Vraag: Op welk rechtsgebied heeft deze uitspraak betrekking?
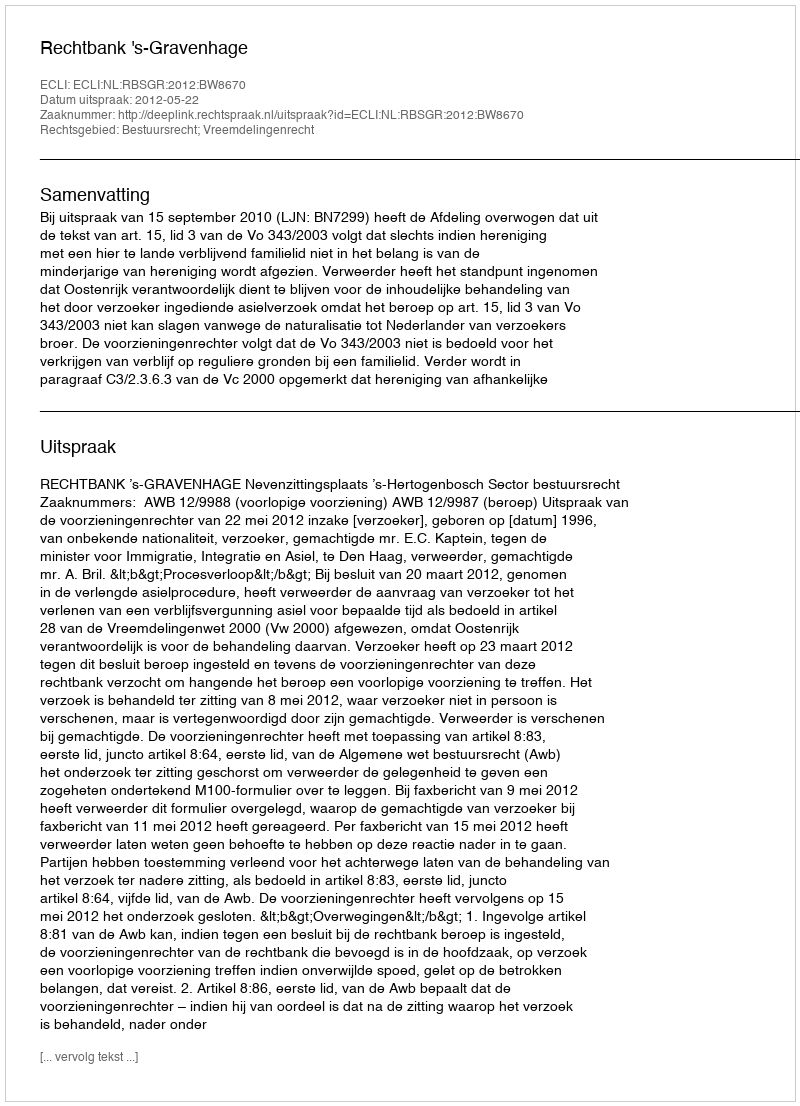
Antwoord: Bestuursrecht; Vreemdelingenrecht